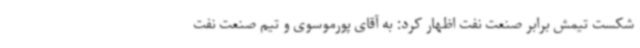
شکست تیمش برابر صنعت نفت اظهار کرد:‌ به آقای پورموسوی و تیم صنعت نفت